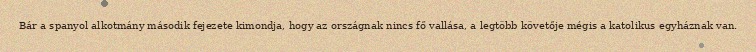
Bár a spanyol alkotmány második fejezete kimondja, hogy az országnak nincs fő vallása, a legtöbb követője mégis a katolikus egyháznak van.